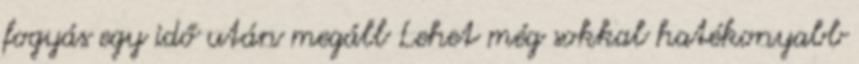
fogyás egy idő után megáll Lehet még sokkal hatékonyabb